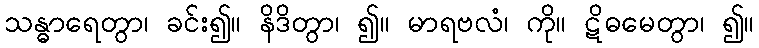
သန္ဓာရေတွာ၊ ခင်း၍။ နိဒိတွာ၊ ၍။ မာရဗလံ၊ ကို။ ဋိဓမေတွာ၊ ၍။